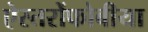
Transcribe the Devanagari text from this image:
ऐस्तरोंफोबीया